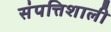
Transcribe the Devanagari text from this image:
संपत्तिशाली